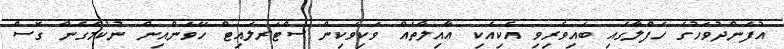
އުފަންދުވަހުގެ ހަފްލާގައި ބައިވެރިވި އެކިއެކި ޢާއިލާތައް ވަކިވަކިން ސްޓަރލައިޓް ހޭވަންއިން ނުކުމެގެން ގޮސް